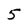
Character: 5